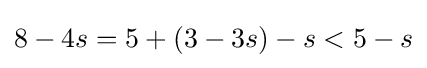
8-4s=5+(3-3s)-s<5-s